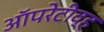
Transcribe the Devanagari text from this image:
ऑपरेटीव्ह